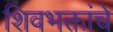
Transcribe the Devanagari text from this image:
शिवभक्तांचे